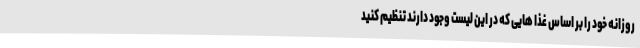
روزانه خود را بر اساس غذا هایی که در این لیست وجود دارند تنظیم کنید